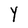
Character: Y